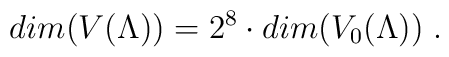
dim(V(\Lambda)) = 2^8 \cdot dim(V_0(\Lambda)) \; .